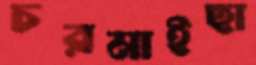
চরমাইছা